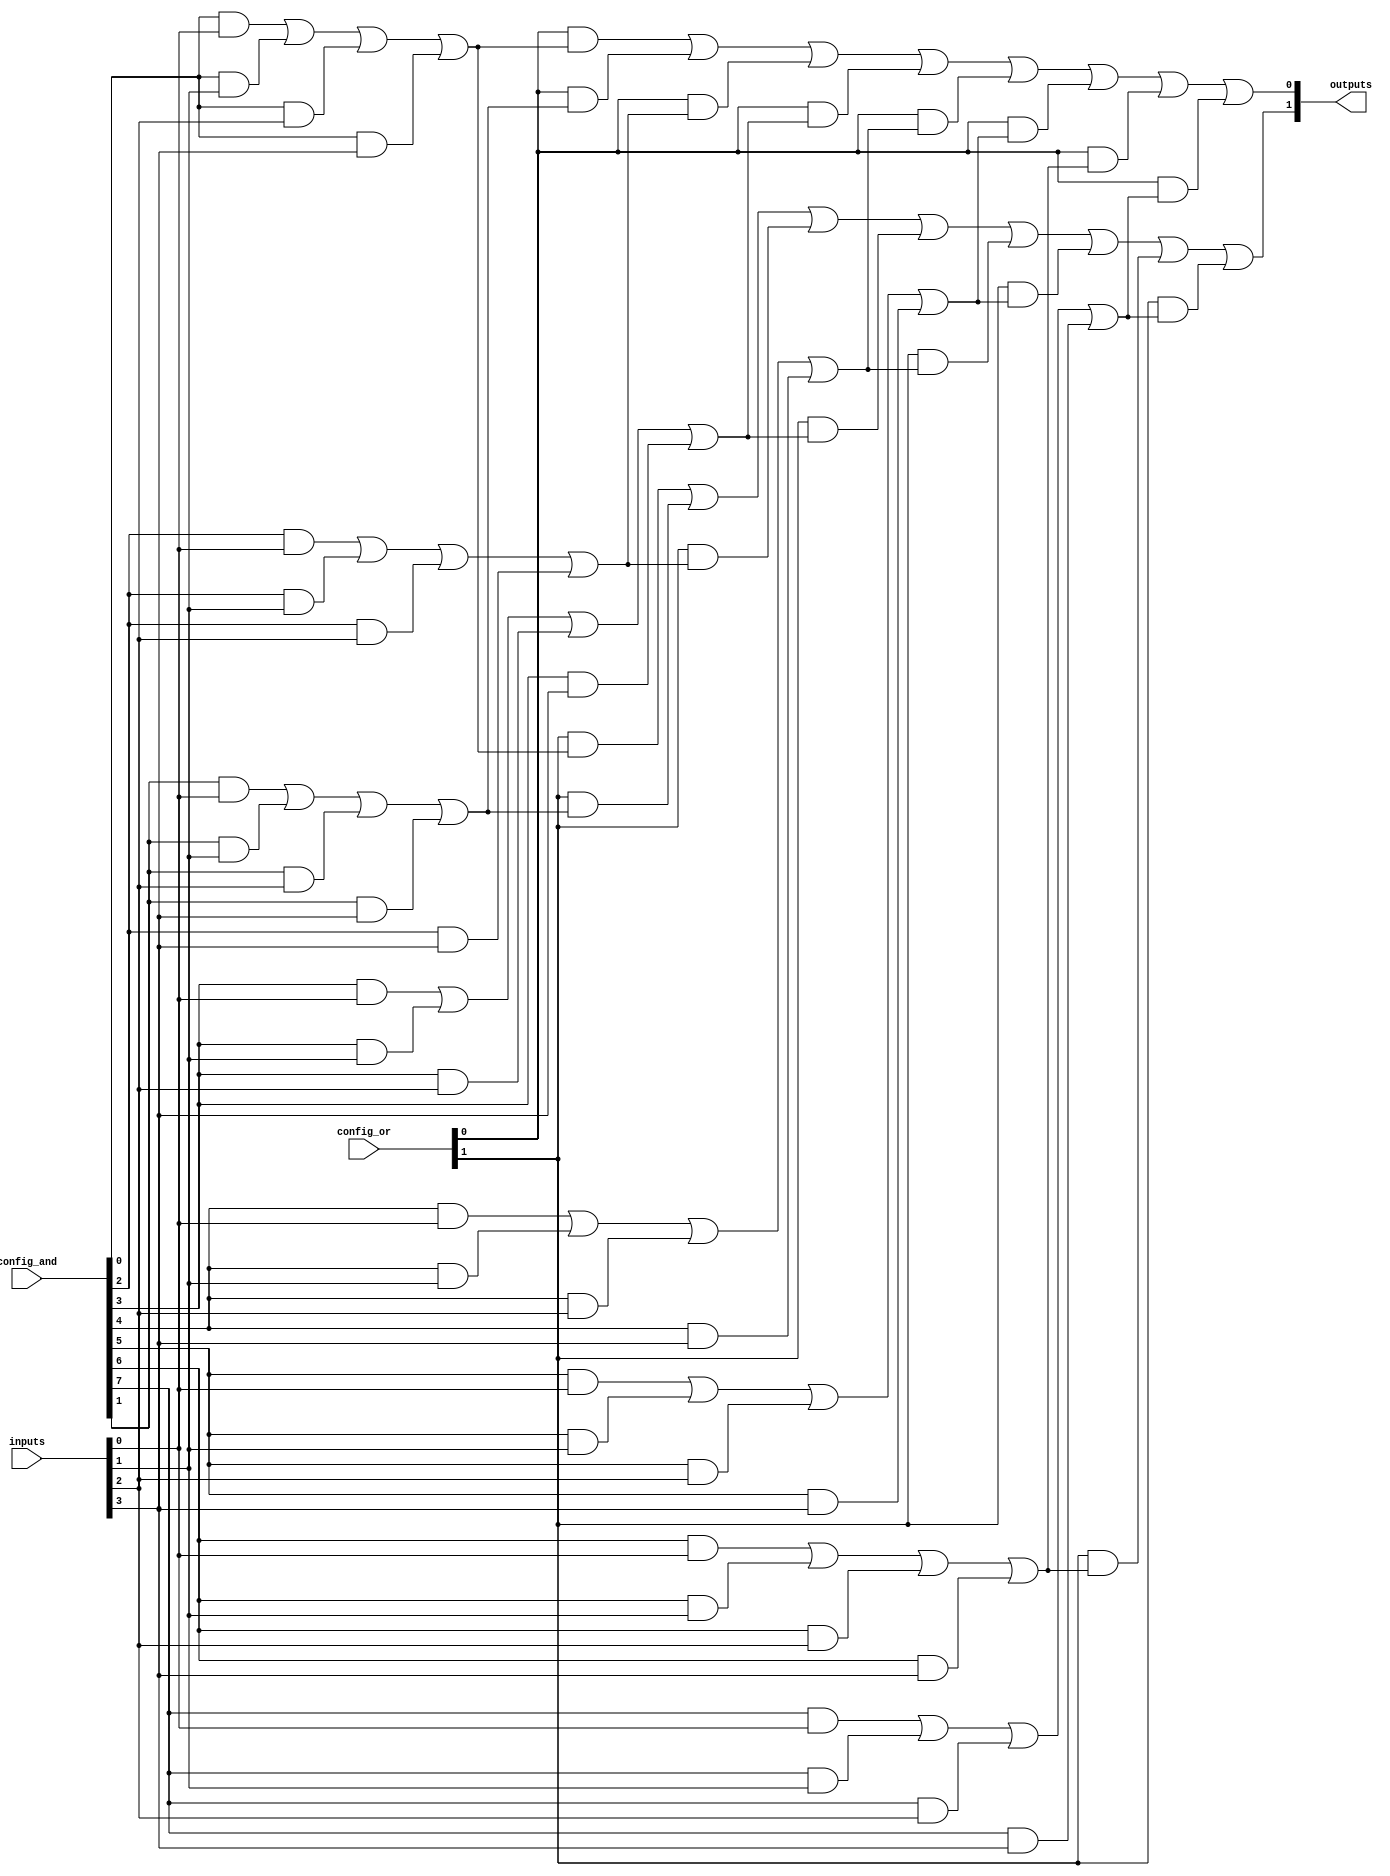
module CLB (
    input wire [N-1:0] inputs,    // N input signals
    input wire [M-1:0] config_and, // Configuration for AND gates
    input wire [M-1:0] config_or,  // Configuration for OR gates
    output wire [P-1:0] outputs    // P output signals
);
    parameter N = 4; // Number of inputs
    parameter M = 8; // Number of AND gates
    parameter P = 2; // Number of outputs

    // Intermediate signals for AND gate outputs
    wire [M-1:0] and_out;

    // AND Plane
    genvar i;
    generate
        for (i = 0; i < M; i = i + 1) begin : and_plane
            assign and_out[i] = (config_and[i] & inputs[0]) |
                                 (config_and[i] & inputs[1]) |
                                 (config_and[i] & inputs[2]) |
                                 (config_and[i] & inputs[3]);
        end
    endgenerate

    // OR Plane
    genvar j;
    generate
        for (j = 0; j < P; j = j + 1) begin : or_plane
            assign outputs[j] = (config_or[j] & and_out[0]) |
                                (config_or[j] & and_out[1]) |
                                (config_or[j] & and_out[2]) |
                                (config_or[j] & and_out[3]) |
                                (config_or[j] & and_out[4]) |
                                (config_or[j] & and_out[5]) |
                                (config_or[j] & and_out[6]) |
                                (config_or[j] & and_out[7]);
        end
    endgenerate

endmodule